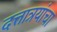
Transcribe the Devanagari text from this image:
दत्तात्रयांचा